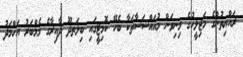
ރައްޔިތުންގެ މަޖިލީހުގެ މިނިވަން މުއައްސަސާތަކާ ބެހޭ ކޮމިޓީގައި ބިލަތދޫ ދާއިރާގެ މެމްބަރު އަހްމަދު